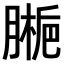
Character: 𫆱